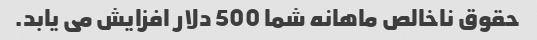
حقوق ناخالص ماهانه شما 500 دلار افزایش می یابد.